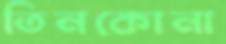
তিনকোনা